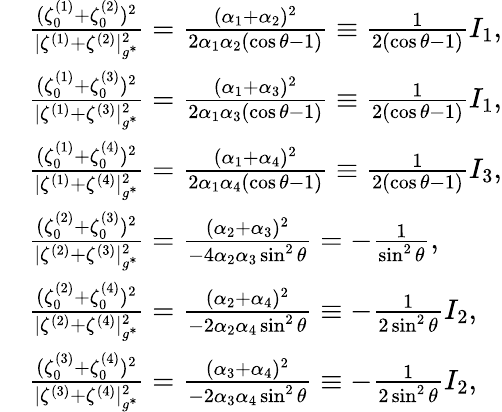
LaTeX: \begin{array}{rl}&{\frac{(\zeta_{0}^{(1)}+\zeta_{0}^{(2)})^{2}}{|\zeta^{(1)}+\zeta^{(2)}|_{g^{*}}^{2}}=\frac{(\alpha_{1}+\alpha_{2})^{2}}{2\alpha_{1}\alpha_{2}(\cos\theta-1)}\equiv\frac{1}{2(\cos\theta-1)}I_{1},}\\ &{\frac{(\zeta_{0}^{(1)}+\zeta_{0}^{(3)})^{2}}{|\zeta^{(1)}+\zeta^{(3)}|_{g^{*}}^{2}}=\frac{(\alpha_{1}+\alpha_{3})^{2}}{2\alpha_{1}\alpha_{3}(\cos\theta-1)}\equiv\frac{1}{2(\cos\theta-1)}I_{1},}\\ &{\frac{(\zeta_{0}^{(1)}+\zeta_{0}^{(4)})^{2}}{|\zeta^{(1)}+\zeta^{(4)}|_{g^{*}}^{2}}=\frac{(\alpha_{1}+\alpha_{4})^{2}}{2\alpha_{1}\alpha_{4}(\cos\theta-1)}\equiv\frac{1}{2(\cos\theta-1)}I_{3},}\\ &{\frac{(\zeta_{0}^{(2)}+\zeta_{0}^{(3)})^{2}}{|\zeta^{(2)}+\zeta^{(3)}|_{g^{*}}^{2}}=\frac{(\alpha_{2}+\alpha_{3})^{2}}{-4\alpha_{2}\alpha_{3}\sin^{2}\theta}=-\frac{1}{\sin^{2}\theta},}\\ &{\frac{(\zeta_{0}^{(2)}+\zeta_{0}^{(4)})^{2}}{|\zeta^{(2)}+\zeta^{(4)}|_{g^{*}}^{2}}=\frac{(\alpha_{2}+\alpha_{4})^{2}}{-2\alpha_{2}\alpha_{4}\sin^{2}\theta}\equiv-\frac{1}{2\sin^{2}\theta}I_{2},}\\ &{\frac{(\zeta_{0}^{(3)}+\zeta_{0}^{(4)})^{2}}{|\zeta^{(3)}+\zeta^{(4)}|_{g^{*}}^{2}}=\frac{(\alpha_{3}+\alpha_{4})^{2}}{-2\alpha_{3}\alpha_{4}\sin^{2}\theta}\equiv-\frac{1}{2\sin^{2}\theta}I_{2},}\end{array}